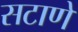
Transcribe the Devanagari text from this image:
सटाणे